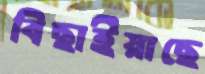
বিছাইয়াছে